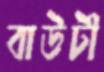
বাউটী